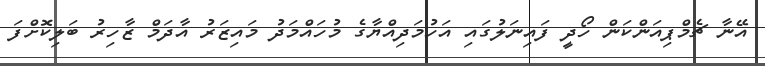
އޭނާ ޗެމްޕިއަންކަން ހޯދީ ފައިނަލުގައި އަހުމަދިއްޔާގެ މުހައްމަދު މައިޒަރު އާދަމް ޒާހިރު ބަލިކޮށްފަ